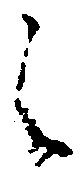
之